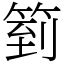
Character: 箌